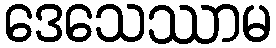
ဒေသေဿာမ